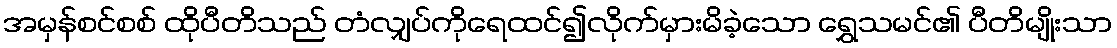
အမှန်စင်စစ် ထိုပီတိသည် တံလျှပ်ကိုရေထင်၍လိုက်မှားမိခဲ့သော ရွှေသမင်၏ ပီတိမျိုးသာ